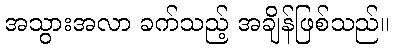
အသွားအလာ ခက်သည့် အချိန်ဖြစ်သည်။